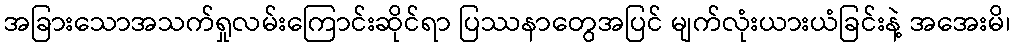
အခြားသောအသက်ရှုလမ်းကြောင်းဆိုင်ရာ ပြဿနာတွေအပြင် မျက်လုံးယားယံခြင်းနဲ့ အအေးမိ၊